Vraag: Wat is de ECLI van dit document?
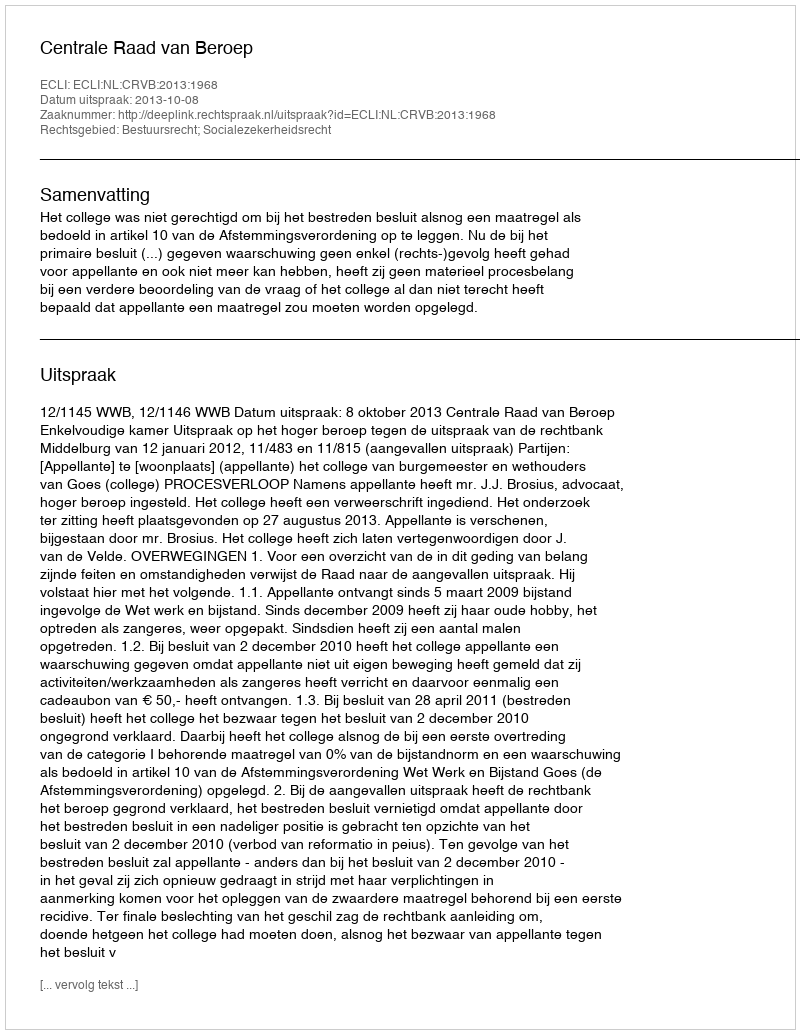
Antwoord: ECLI:NL:CRVB:2013:1968